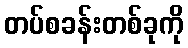
တပ်စခန်းတစ်ခုကို